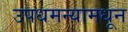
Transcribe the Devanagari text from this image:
उपधमन्यामधून